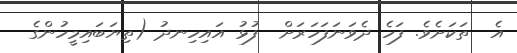
އެ  ތަކަށެވެ. ފަހެ ދެވަނަފަހަރަށް  ފުޅު އައިހިނދު (ތިޔަބައިމީހުންގެ